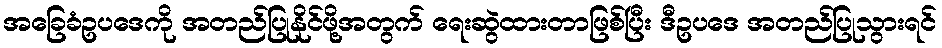
အခြေခံဥပဒေကို အတည်ပြုနိုင်ဖို့အတွက် ရေးဆွဲထားတာဖြစ်ပြီး ဒီဥပဒေ အတည်ပြုသွားရင်